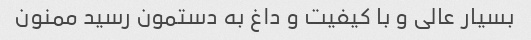
بسیار عالی و با کیفیت و داغ به دستمون رسید ممنون